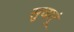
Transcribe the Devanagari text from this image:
सुचारूं